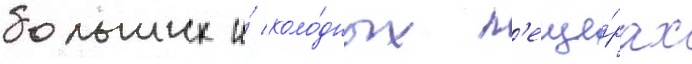
больших и́ холо́дных п'еще́рах